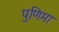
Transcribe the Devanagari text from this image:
पुणिमा